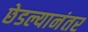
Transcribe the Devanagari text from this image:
छेडल्यानंतर